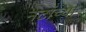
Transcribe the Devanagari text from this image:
नटांच्या